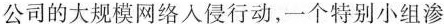
公司的大规模网络入侵行动，一个特别小组渗